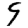
Digit: 9